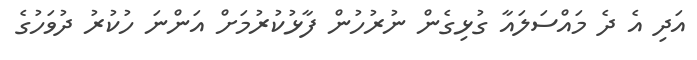
އަދި އެ ދެ މައްސަލައާ ގުޅިގެން ނުރުހުން ފާޅުކުރުމަށް އަންނަ ހުކުރު ދުވަހުގެ